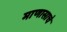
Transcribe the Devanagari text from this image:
माणासाचे